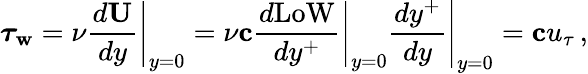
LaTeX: {\boldsymbol\tau_{\mathbf{w}}}=\nu\left.\frac{{d{\mathbf{U}}}}{{dy}}\right|_{y=0}=\nu{\mathbf{c}}\left.\frac{{d\mathrm{{LoW}}}}{{dy^{+}}}\right|_{y=0}\left.\frac{{dy^{+}}}{{dy}}\right|_{y=0}={\mathbf{c}}u_{\tau}\, ,